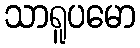
သာရူပမော